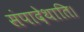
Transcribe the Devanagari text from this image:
संपादेथाति।